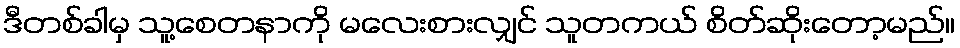
ဒီတစ်ခါမှ သူ့စေတနာကို မလေးစားလျှင် သူတကယ် စိတ်ဆိုးတော့မည်။